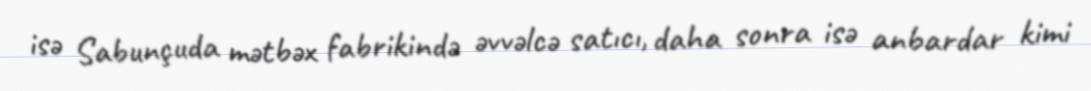
isə Sabunçuda mətbəx fabrikində əvvəlcə satıcı, daha sonra isə anbardar kimi